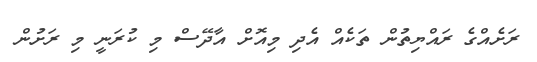
ރަށެއްގެ ރައްޔިތުން ތަކެއް އެދި މިއޮށް އާދޭސް މި ކުރަނީ މި ރަށުން